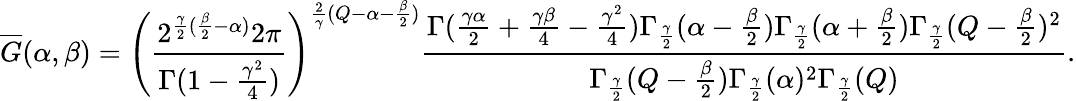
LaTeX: \overline{G}(\alpha,\beta)=\left(\frac{2^{\frac{\gamma}{2}(\frac{\beta}{2}-\alpha)}2\pi}{\Gamma(1-\frac{\gamma^{2}}{4})}\right)^{\frac{2}{\gamma}(Q-\alpha-\frac{\beta}{2})}\frac{\Gamma(\frac{\gamma\alpha}{2}+\frac{\gamma\beta}{4}-\frac{\gamma^{2}}{4})\Gamma_{\frac{\gamma}{2}}(\alpha-\frac{\beta}{2})\Gamma_{\frac{\gamma}{2}}(\alpha+\frac{\beta}{2})\Gamma_{\frac{\gamma}{2}}(Q-\frac{\beta}{2})^{2}}{\Gamma_{\frac{\gamma}{2}}(Q-\frac{\beta}{2})\Gamma_{\frac{\gamma}{2}}(\alpha)^{2}\Gamma_{\frac{\gamma}{2}}(Q)}.